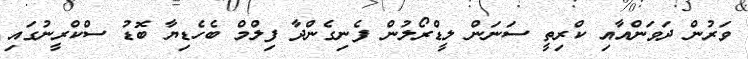
ވަރުން ދަވަންއާއި ކްރިތީ ސަނަން ލީޑްރޯލުން ފެނިގެންދާ ފިލްމް ބެހެޑިޔާ ބޮޑު ސްކްރީނުގައި